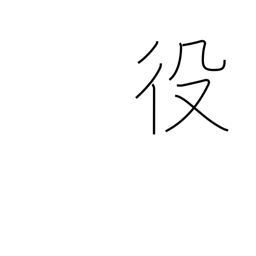
Meaning: service